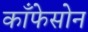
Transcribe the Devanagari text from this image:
काँफेसोन